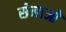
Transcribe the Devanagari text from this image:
सेनाओें